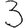
Digit: 3